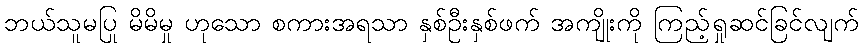
ဘယ်သူမပြု မိမိမှု ဟုသော စကားအရသာ နှစ်ဦးနှစ်ဖက် အကျိုးကို ကြည့်ရှုဆင်ခြင်လျက်